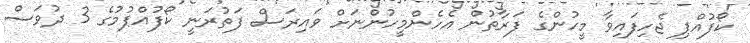
ކޯފުއްޕި ޖެހިފައިވާ މީހުންގެ ފަރާތުން އެހެންމީހުންނަށް ވައިރަސް ފަތުރަނީ ކޯފުއްޕުމުގެ 3 ދުވަސް